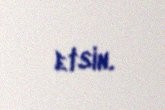
etsin.